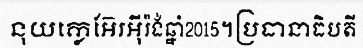
នុយក្លេអ៊ែរអ៊ីរ៉ង់ឆ្នាំ2015។ប្រធានាធិបតី